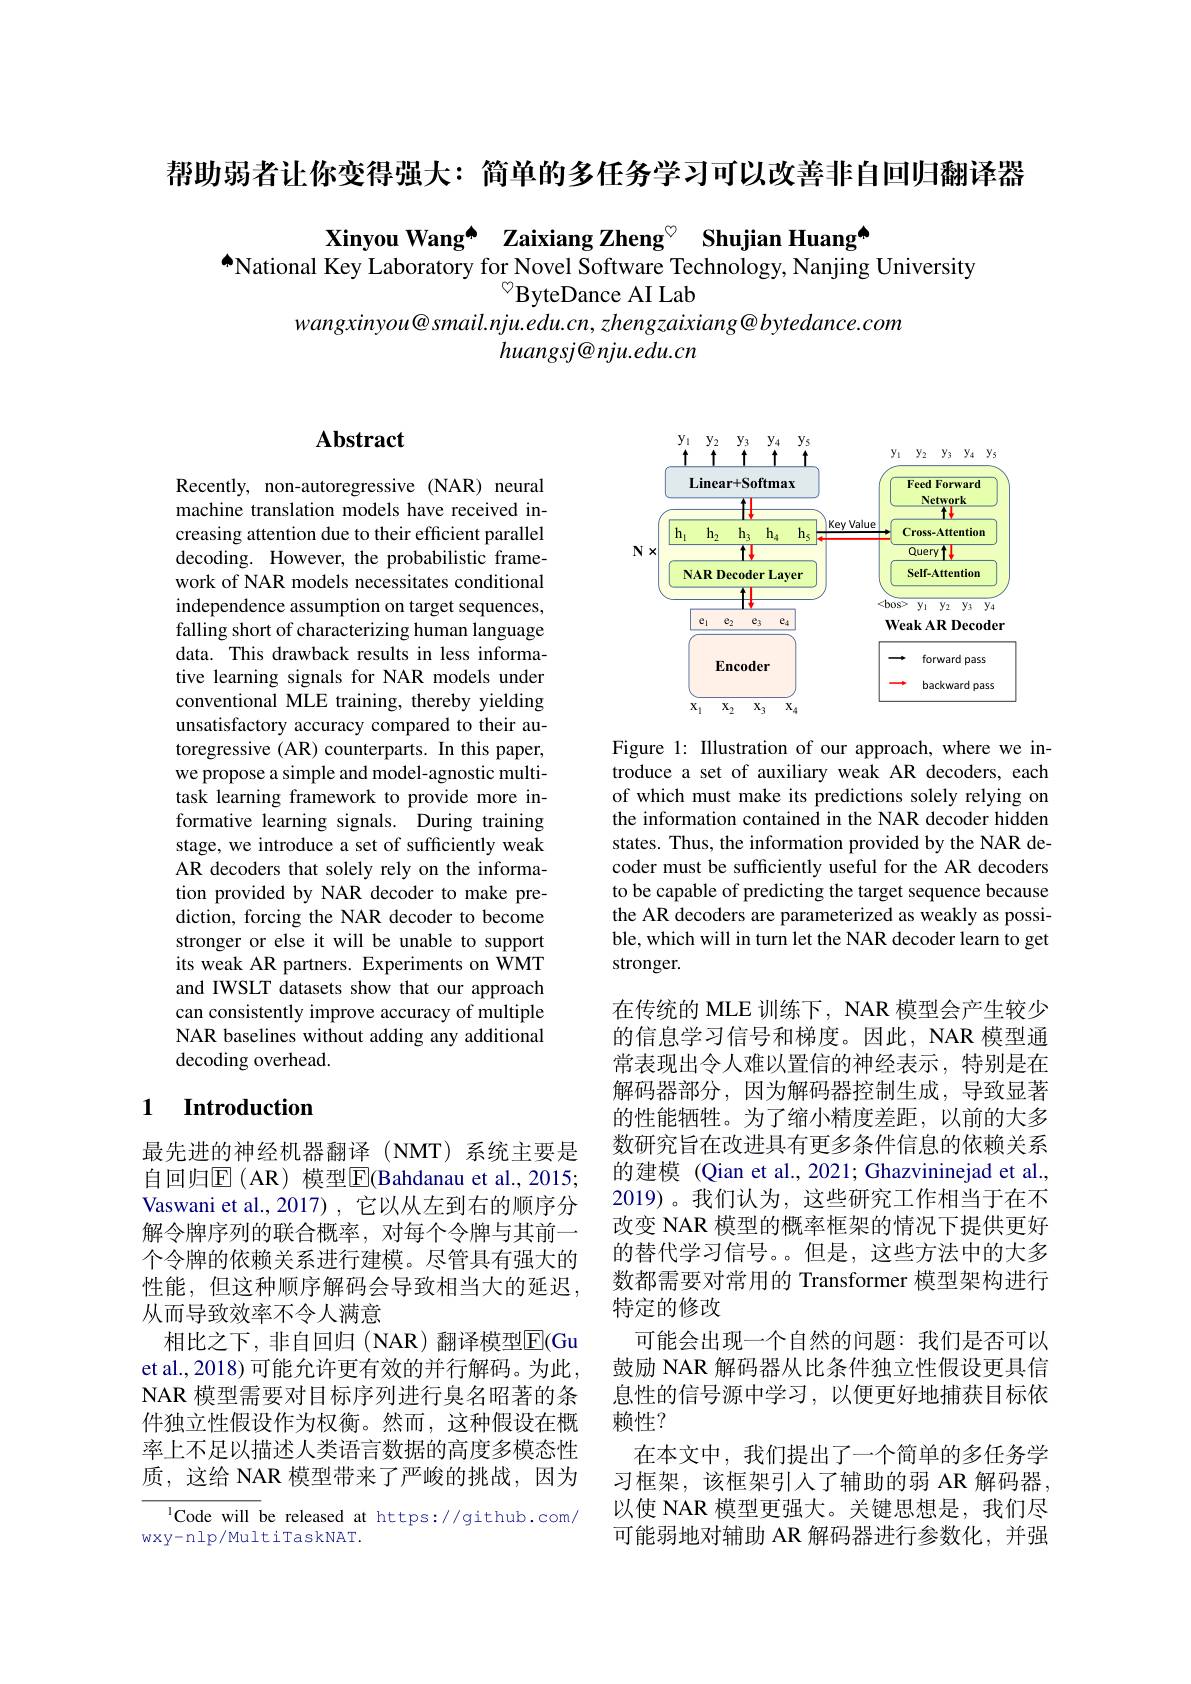
帮助弱者让你变得强大：简单的多任务学习可以改善非自回归翻译器

Xinyou Wang[INDEX] Zaixiang Zheng$^{\circ}$ Shujian Huang[INDEX]
$^{\spadesuit}$National Key Laboratory for Novel Software Technology, Nanjing University
$^{\heartsuit}$ByteDance AI Lab
$wangxinyou@smail.nju.edu.cn,zhengzaixiang@bytedance.com$
$huangsj@nju.edu.cn$

## $\mathbf{Abstract}$

Recently, non-autoregressive (NAR) neural machine translation models have received increasing attention due to their efficient parallel decoding. However, the probabilistic framework of NAR models necessitates conditional independence assumption on target sequences, falling short of characterizing human language data. This drawback results in less informative learning signals for NAR models under conventional MLE training, thereby yielding unsatisfactory accuracy compared to their autoregressive (AR) counterparts. In this paper, we propose a simple and model-agnostic multitask learning framework to provide more informative learning signals. During training stage, we introduce a set of sufficiently weak AR decoders that solely rely on the information provided by NAR decoder to make prediction, forcing the NAR decoder to become stronger or else it will be unable to support its weak AR partners. Experiments on WMT and IWSLT datasets show that our approach can consistently improve accuracy of multiple NAR baselines without adding any additional decoding overhead.

### 1 $\textbf{Introduction}$

最先进的神经机器翻译(NMT)系统主要是自回归$\operatorname{E}($AR)模型$\overline{\mathrm{E}}($Bahdanau et al.,2015; Vaswani et al.,2017), 它以从左到右的顺序分解令牌序列的联合概率，对每个令牌与其前一个令牌的依赖关系进行建模。尽管具有强大的性能，但这种顺序解码会导致相当大的延迟， 从而导致效率不令人满意
相比之下，非自回归(NAR)翻译模型E(Gu et al., 2018) 可能允许更有效的并行解码。为此NAR 模型需要对目标序列进行臭名昭著的条件独立性假设作为权衡。然而，这种假设在概率上不足以描述人类语言数据的高度多模态性质，这给 NAR 模型带来了严峻的挑战，因为

$^{1}$Code will be released at https://github.com/
wxy-nlp/MultiTaskNAT.

<FigureHere>

Figure 1: Illustration of our approach, where we introduce a set of auxiliary weak AR decoders, each of which must make its predictions solely relying on the information contained in the NAR decoder hidden states. Thus, the information provided by the NAR decoder must be sufficiently useful for the AR decoders to be capable of predicting the target sequence because the AR decoders are parameterized as weakly as possible, which will in turn let the NAR decoder learn to get stronger.

在传统的 MLE 训练下，NAR 模型会产生较少的信息学习信号和梯度。因此，NAR 模型通常表现出令人难以置信的神经表示，特别是在解码器部分，因为解码器控制生成，导致显著的性能牺牲。为了缩小精度差距，以前的大多数研究旨在改进具有更多条件信息的依赖关系的建模 (Qian et al., 2021; Ghazvininejad et al., 2019)。我们认为，这些研究工作相当于在不改变 NAR 模型的概率框架的情况下提供更好的替代学习信号。。但是，这些方法中的大多数都需要对常用的 Transformer 模型架构进行特定的修改
可能会出现一个自然的问题：我们是否可以鼓励 NAR 解码器从比条件独立性假设更具信息性的信号源中学习，以便更好地捕获目标依赖性？
在本文中，我们提出了一个简单的多任务学习框架，该框架引人了辅助的弱 AR 解码器， 以使 NAR 模型更强大。关键思想是，我们尽可能弱地对辅助 AR 解码器进行参数化，并强